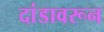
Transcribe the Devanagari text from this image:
दांडावरून